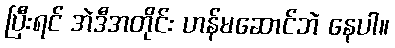
ပြီးရင် အဲဒီအတိုင်း ဟန်မဆောင်ဘဲ နေပါ။